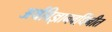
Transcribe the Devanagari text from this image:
अर्थविज्ञानवर्धिनीत